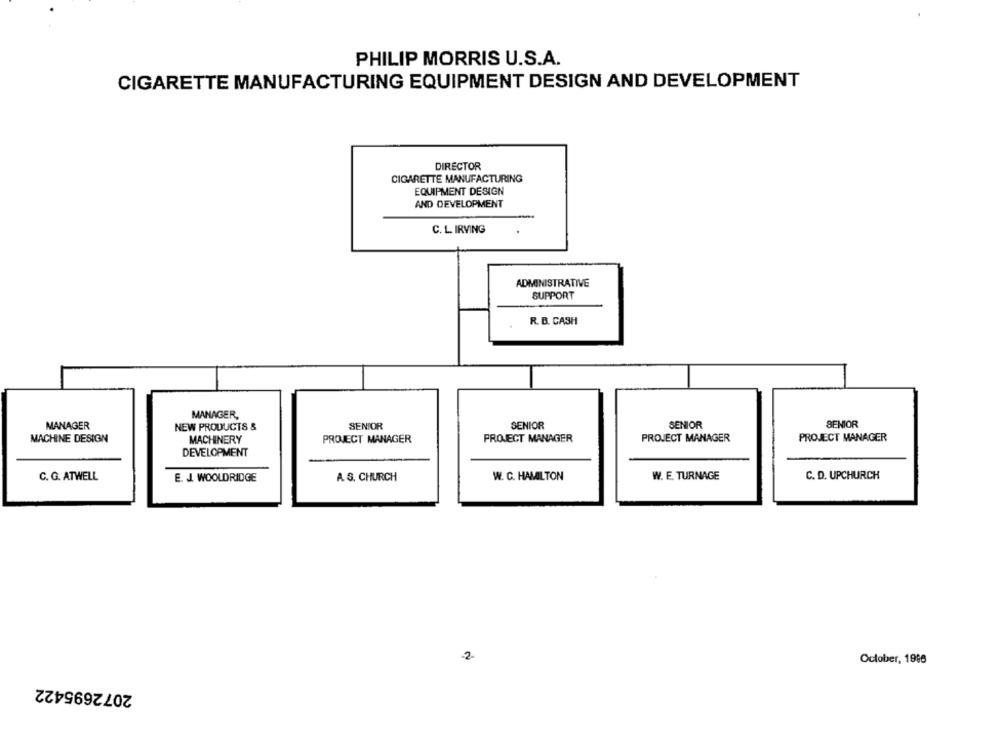
PHILIP MORRIS U.S.A.
CIGARETTE MANUFACTURING EQUIPMENT DESIGN AND DEVELOPMENT
DIRECTOR
CIGARETTE MANUFACTURING
EQUIPMENT DESIGN
AND DEVELOPMENT
C. L. IRVING
ADMINISTRATIVE
SUPPORT
R. B. CASH
MANAGER,
SENIOR
SENIOR
SENIOR
MANAGER
NEW PRODUCTS &
SENIOR
PROJECT MANAGER
PROJECT MANAGER
MACHINE DESIGN
MACHINERY
PROJECT MANAGER
PROJECT MANAGER
DEVELOPMENT
C. D. UPCHURCH
C. G. ATWELL
E. J. WOOLDRIDGE
A. S. CHURCH
W. C. HAMILTON
W. E. TURNAGE
2
October, 1996
2072695422